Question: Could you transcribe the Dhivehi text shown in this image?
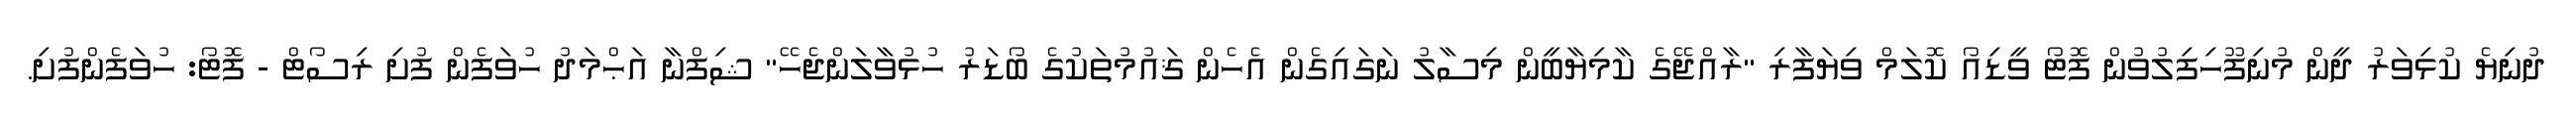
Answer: ދުނިޔެ ކުޅިވަރު ދީން މުނިފޫހިފިލުވުން ފޮޓޯ ވީޑިއޯ ކޮލަމް ވިޔަފާރި "ރާއްޖޭގެ ކާމިޔާބީން މިސާލު ނަގައިގެން އެހެން ޤައުމުތަކުގެ ބޯޑަރު ހުޅުވާލަންޖެހޭ" ޝިފްނާ އަޙްމަދު ހުވަފެން ފުށި ރިސޯޓް - ފޮޓޯ: ހުވަފެންފުށި.